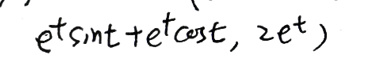
$e^{t}\sin t + e^{t}\cos t, 2e^{t}$